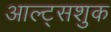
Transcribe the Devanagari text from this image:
आल्ट्सशुक